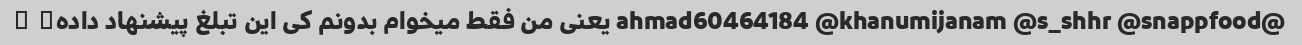
@ahmad60464184 @khanumijanam @s_shhr @snappfood یعنی من فقط میخوام بدونم کی این تبلغ پیشنهاد داده♀ ♀